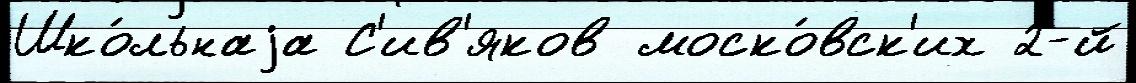
Шко́льнаjа С'ив'яков моско́вск'их 2-й